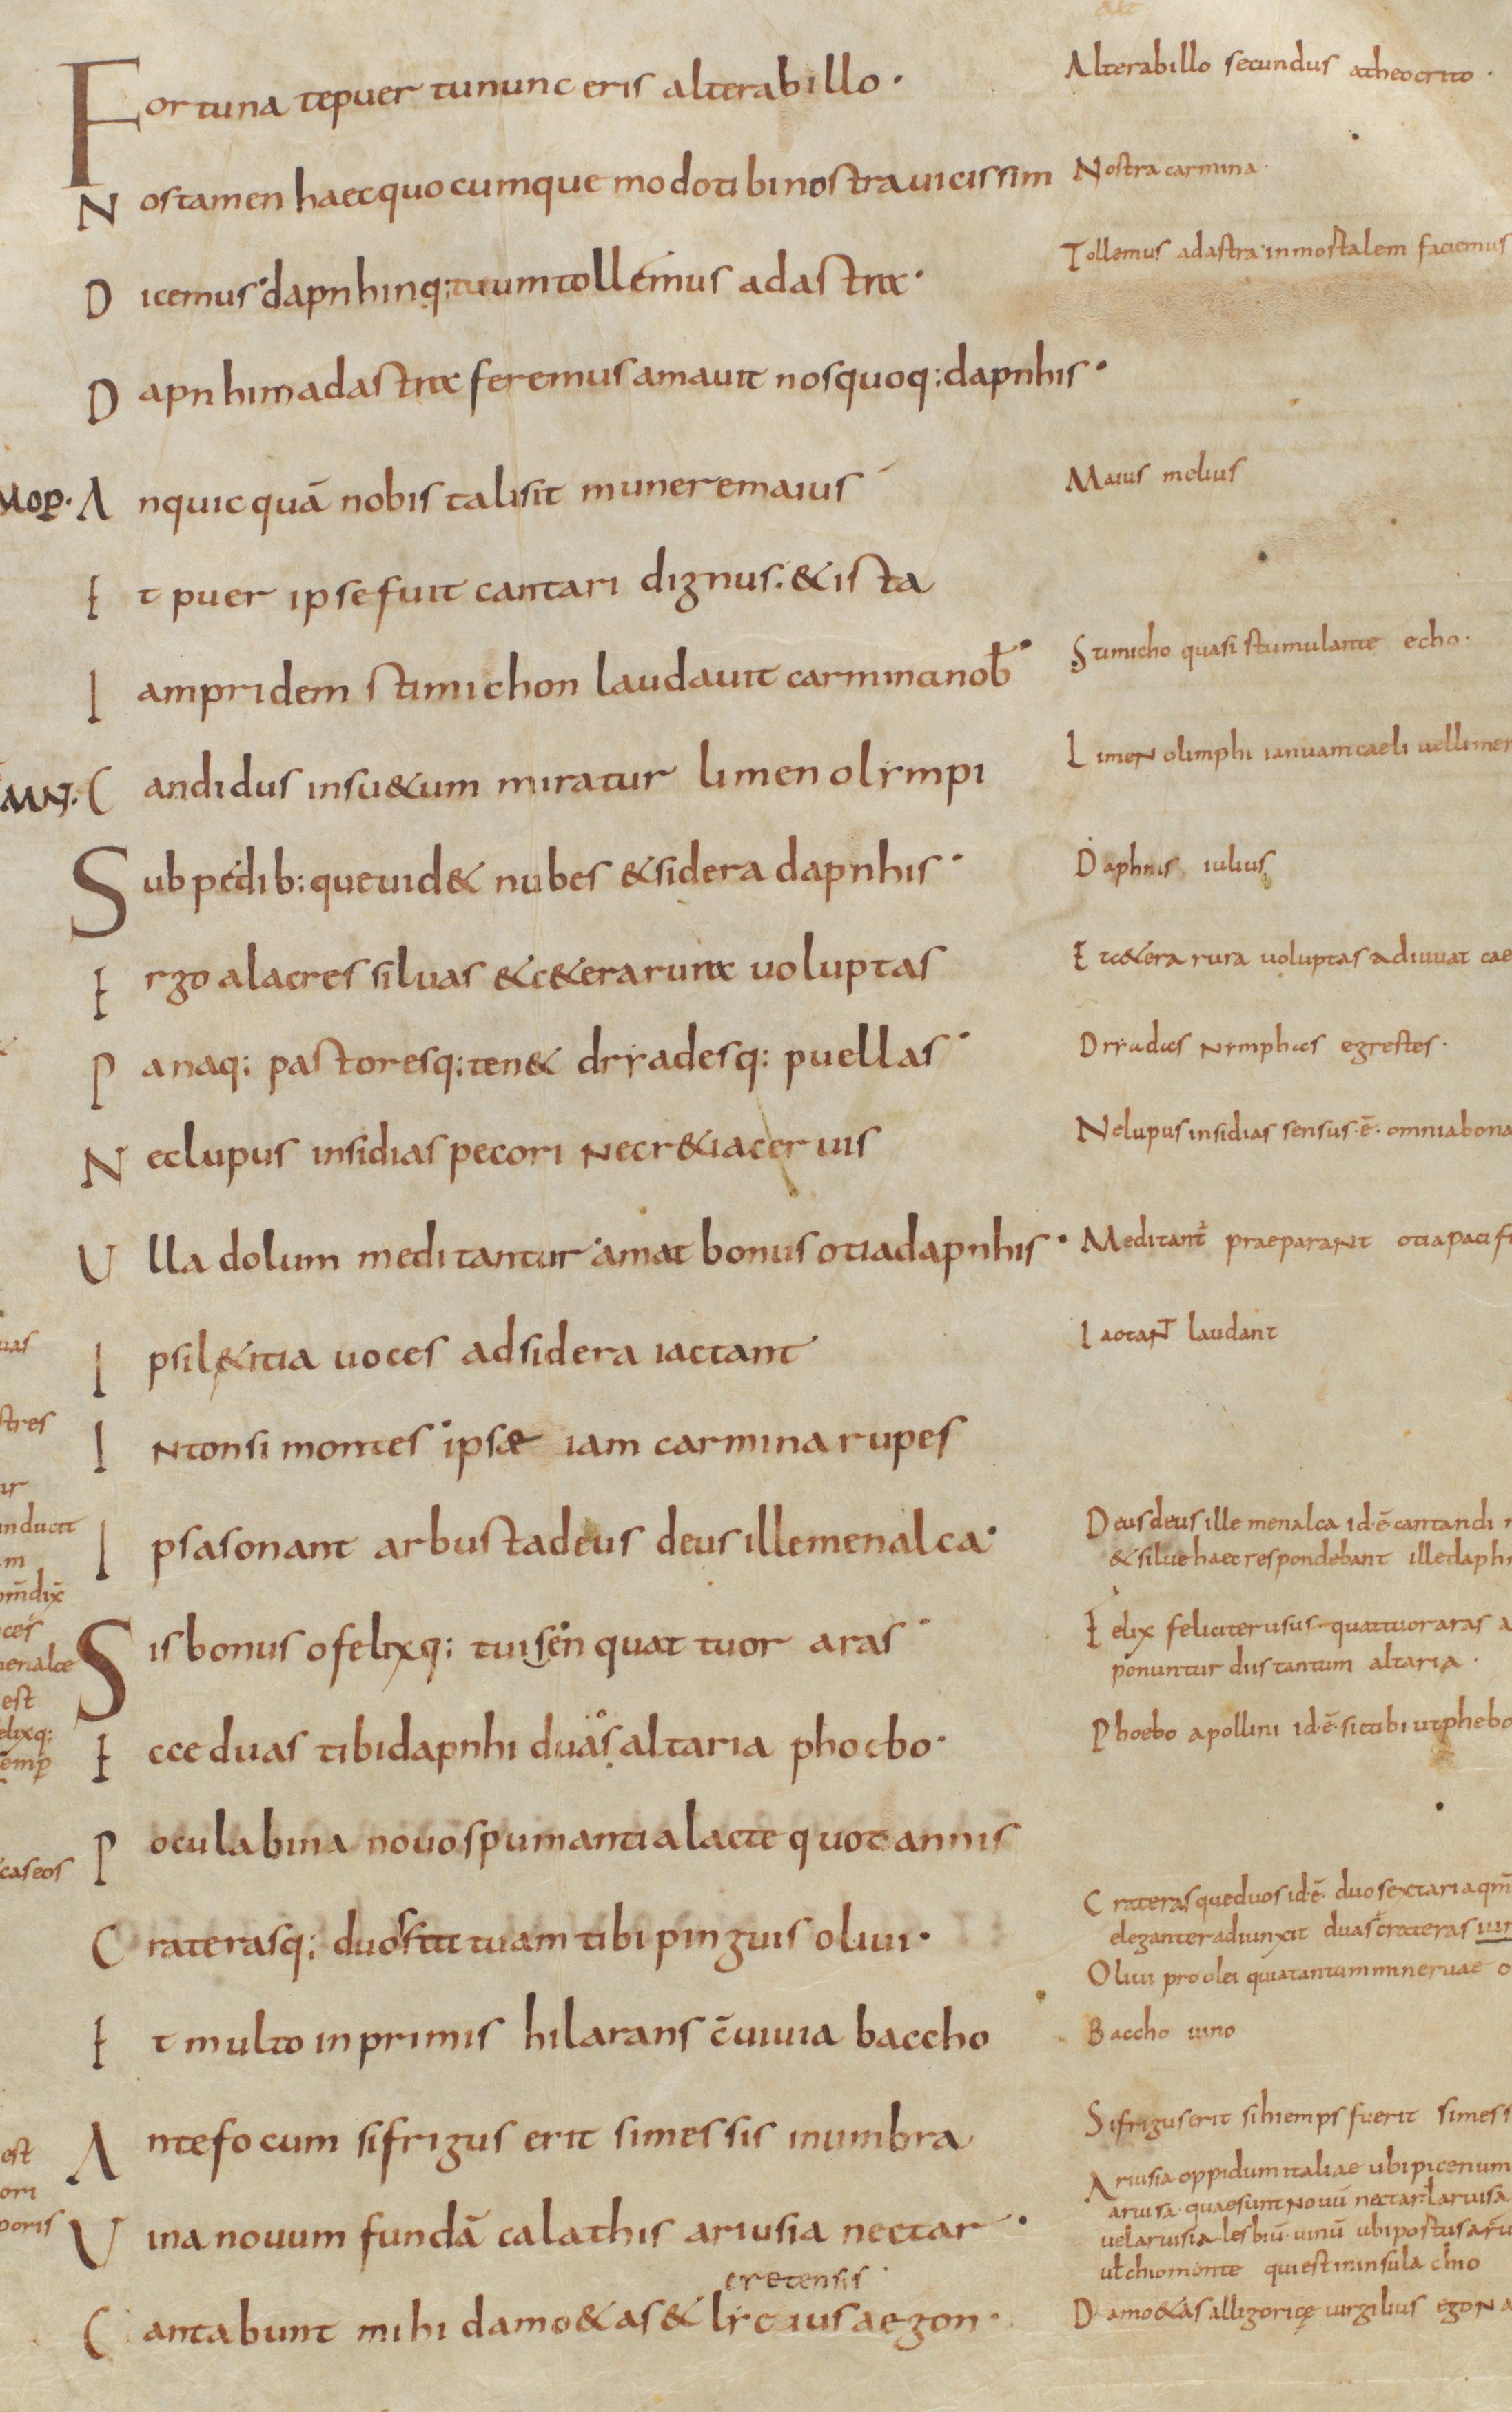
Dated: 800–999